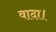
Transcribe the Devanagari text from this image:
वादा।